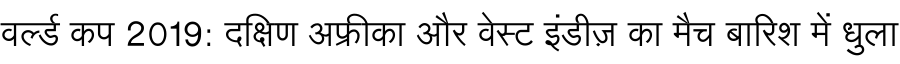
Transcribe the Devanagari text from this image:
वर्ल्ड कप 2019: दक्षिण अफ्रीका और वेस्ट इंडीज़ का मैच बारिश में धुला